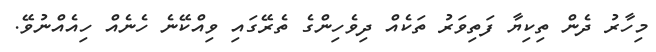
މިހާރު ދެން ތިކިޔާ ފަތިވަރު ތަކެއް ދިވެހިންގެ ތެރޭގައި ވިއްކޭނެ ހެނެއް ހިއެއްނުވޭ.